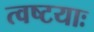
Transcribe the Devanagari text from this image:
त्वष्टयाः